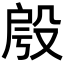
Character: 𣪔